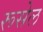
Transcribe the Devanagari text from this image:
रूसेल